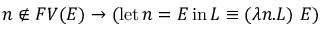
n \not \in F V ( E ) \to ( \operatorname { l e t } n = E \operatorname { i n } L \equiv ( \lambda n . L ) \ E )